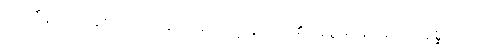
ပရိဟီနဝသေနစ၊ လျော့ခြင်း, မလျော့ခြင်းတို့၏ အစွမ်းဖြင့်၎င်း။ ဝိနိစ္ဆယော၊